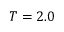
T = 2 . 0